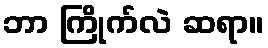
ဘာ ကြိုက်လဲ ဆရာ။